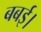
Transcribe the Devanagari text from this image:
बबई।